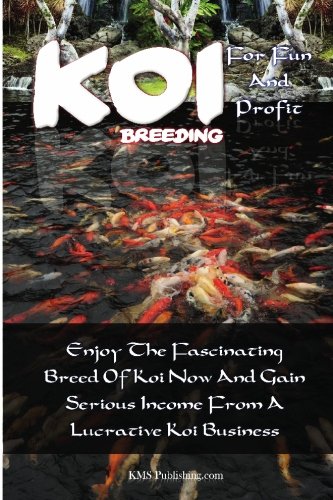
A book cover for Koi Breeding For Fun And Profit: Enjoy The Fascinating Breed Of Koi Now And Gain Serious Income From A Lucrative Koi Business; K M S Publishing.com; Crafts, Hobbies & Home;